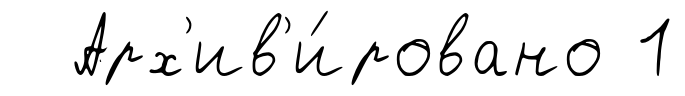
Арх'ив'и́ровано 1